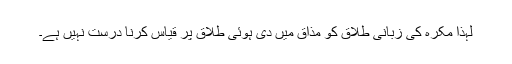
لہٰذا مکرہ کی زبانی طلاق کو مذاق میں دی ہوئی طلاق پر قیاس کرنا درست نہیں ہے۔